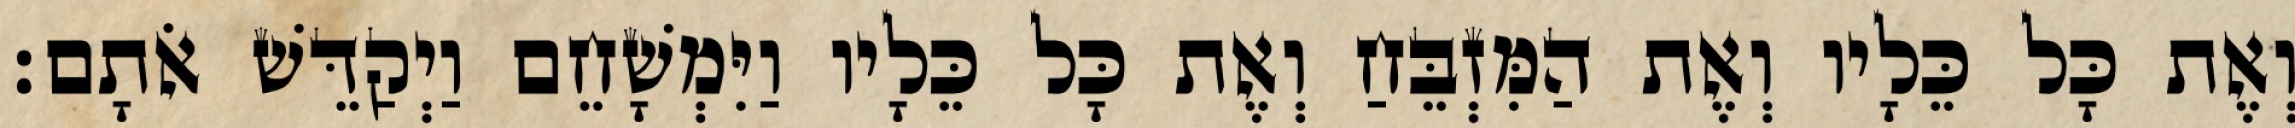
וְאֶת כָּל כֵּלָיו וְאֶת הַמִּזְבֵּחַ וְאֶת כָּל כֵּלָיו וַיִּמְשָׁחֵם וַיְקַדֵּשׁ אֹתָם׃